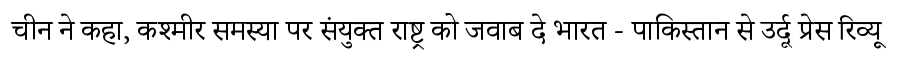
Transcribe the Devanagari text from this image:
चीन ने कहा, कश्मीर समस्या पर संयुक्त राष्ट्र को जवाब दे भारत - पाकिस्तान से उर्दू प्रेस रिव्यू